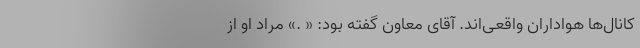
کانال‌ها هواداران واقعی‌اند. آقای معاون گفته بود: « .» مراد او از